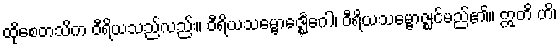
ထိုစေတသိက ဝီရိယသည်လည်း။ ဝီရိယသမ္ဗောဇ္ဈေင်္ဂေါ၊ ဝီရိယသမ္ဗောဇ္ဈင်မည်၏။ ဣတိ ဟိ၊